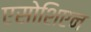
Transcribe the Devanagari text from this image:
एसोशिएन